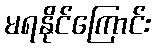
မရနိုင်ကြောင်း